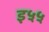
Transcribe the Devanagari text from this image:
इ५५